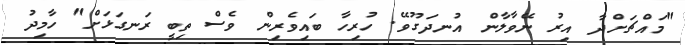
"މައްޗަށްދާ އިރު ނޭވާލާން އުނދަގޫވޭ. ހުރިހާ ބައިވެރިން ވެސް ތިބީ ރަނގަޅަށް" ހާމިދު